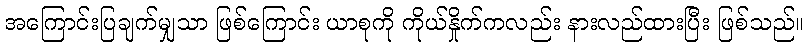
အကြောင်းပြချက်မျှသာ ဖြစ်ကြောင်း ယာစုကို ကိုယ်နှိုက်ကလည်း နားလည်ထားပြီး ဖြစ်သည်။